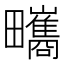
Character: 㽯